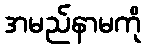
အမည်နာမကို